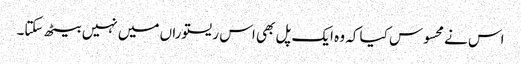
اس نے محسوس کیا کہ وہ ایک پل بھی اس ریستوراں میں نہیں بیٹھ سکتا۔